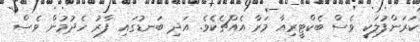
ކަރަންފުލަކީ ވެސް ބެކްޓީރިއާ މަރާ އެއްޗެކެވެ. އަދި ބަނޑުގައި ފާރު ހެދުމުން ވެސް